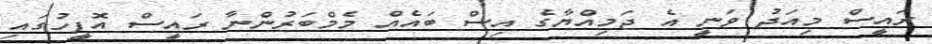
ރައީސް މިއަދު ވަނީ އެ ޖަމިއްޔާގެ އިސް ބައެއް މެމްބަރުންނާ ރައީސް އޮފީހުގައި